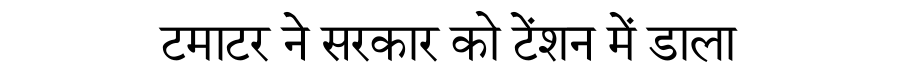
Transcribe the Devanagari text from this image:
टमाटर ने सरकार को टेंशन में डाला